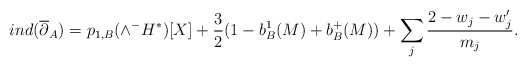
\begin{align*}ind(\overline{\partial}_A) = p_{1,B}( \wedge^- H^* )[X] + \frac{3}{2}( 1 - b^1_B(M) + b^+_B(M) ) + \sum_j \frac{2 - w_j - w'_j}{m_j}.\end{align*}